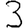
Digit: 3